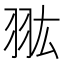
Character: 𦐌